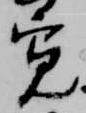
寛